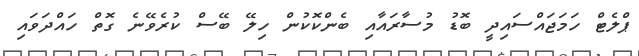
ޕްލެޓް ހަމަޖައްސައިދީ ބޮޑު މުސާރައާއި ބެންކޮކުން ހިލޭ ބޭސް ކުރެވޭނެ ގޮތް ހައްދަވައި